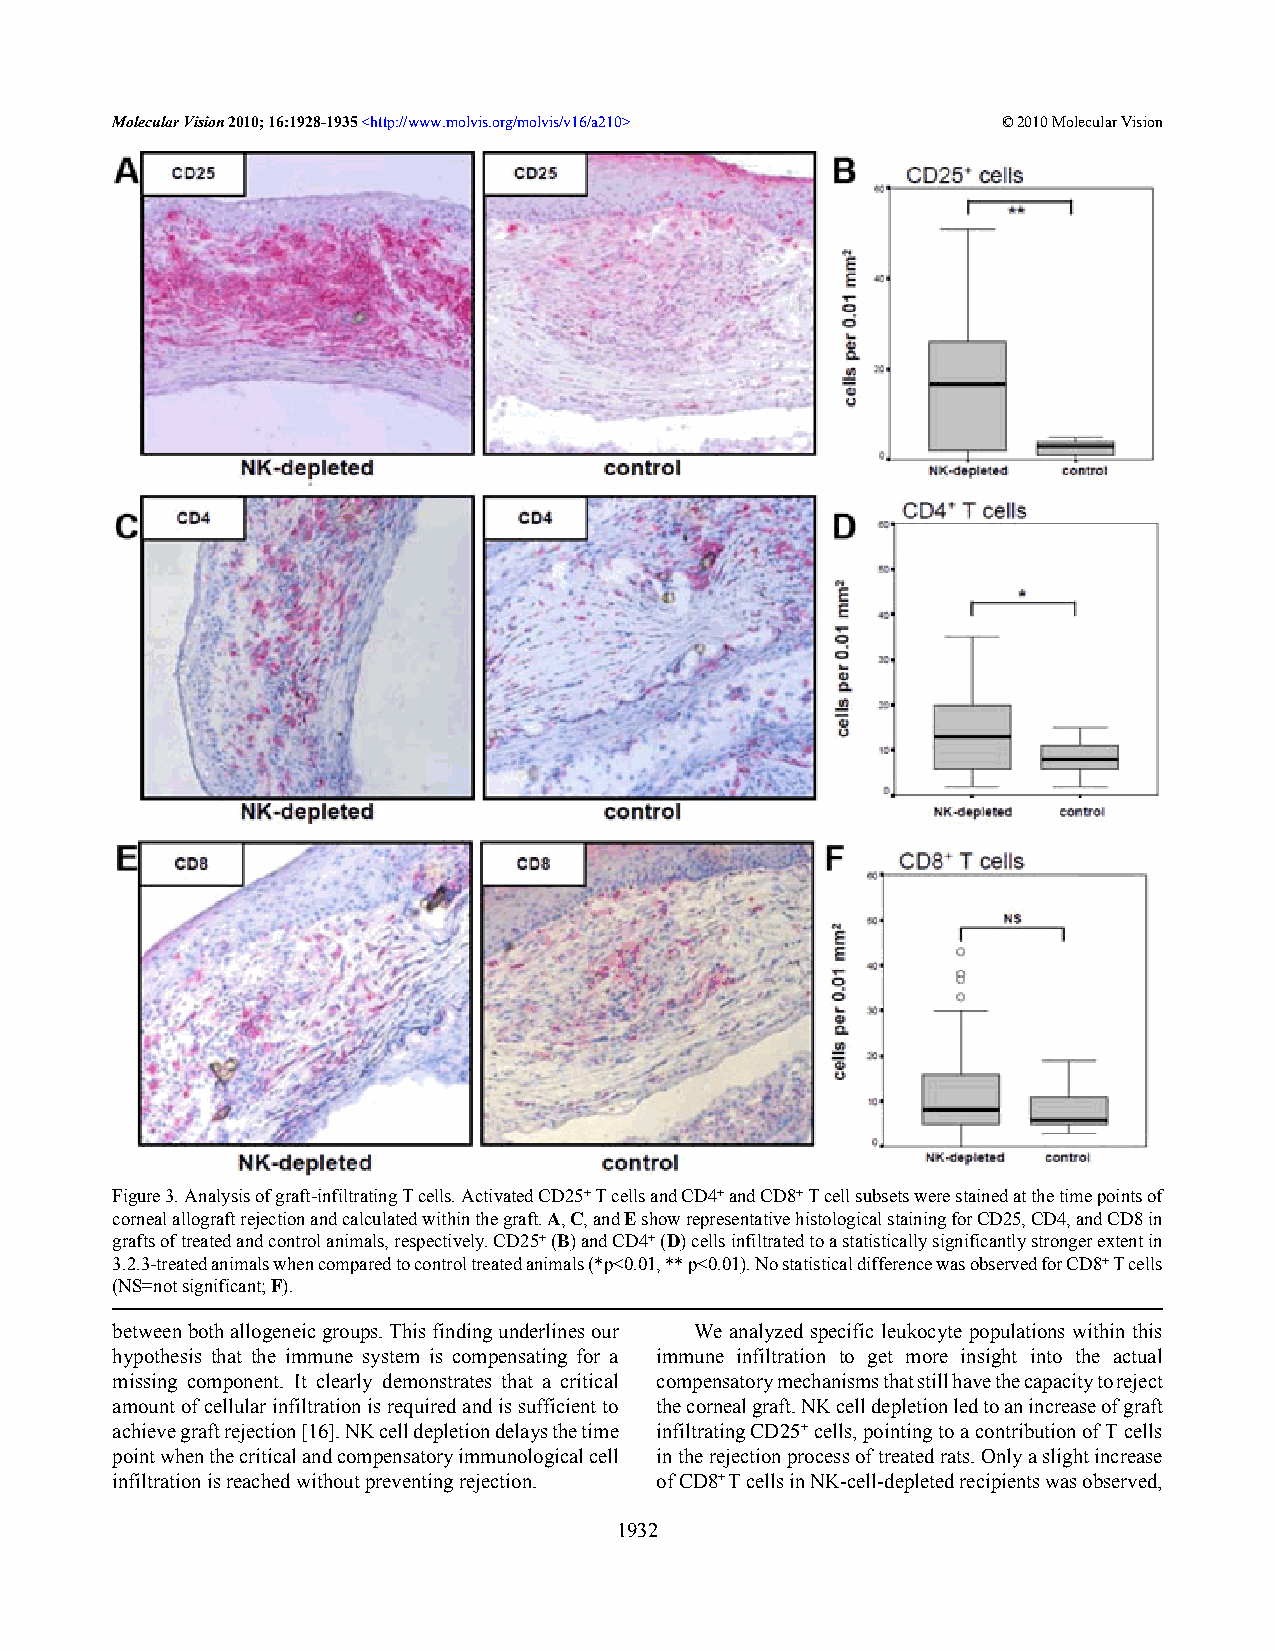
Molecular Vision 2010; 16:1928-1935 <http://www.molvis.org/molvis/v16/a210> © 2010 Molecular Vision
 Figure 3. Analysis of graft-infiltrating T cells. Activated CD25+ T cells and CD4+ and CD8+ T cell subsets were stained at the time points of
 corneal allograft rejection and calculated within the graft. A, C, and E show representative histological staining for CD25, CD4, and CD8 in
 grafts of treated and control animals, respectively. CD25+ (B) and CD4+ (D) cells infiltrated to a statistically significantly stronger extent in
 3.2.3-treated animals when compared to control treated animals (*p<0.01, ** p<0.01). No statistical difference was observed for CD8+ T cells
 (NS=not significant; F).
 between both allogeneic groups. This finding underlines our We analyzed specific leukocyte populations within this
 hypothesis that the immune system is compensating for a immune infiltration to get more insight into the actual
 missing component. It clearly demonstrates that a critical compensatory mechanisms that still have the capacity to reject
 amount of cellular infiltration is required and is sufficient to the corneal graft. NK cell depletion led to an increase of graft
 achieve graft rejection [16]. NK cell depletion delays the time infiltrating CD25+ cells, pointing to a contribution of T cells
 point when the critical and compensatory immunological cell in the rejection process of treated rats. Only a slight increase
 infiltration is reached without preventing rejection. of CD8+ T cells in NK-cell-depleted recipients was observed,
 1932